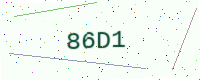
Text: 86D1